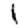
Digit: 1